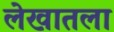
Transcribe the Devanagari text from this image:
लेखातला